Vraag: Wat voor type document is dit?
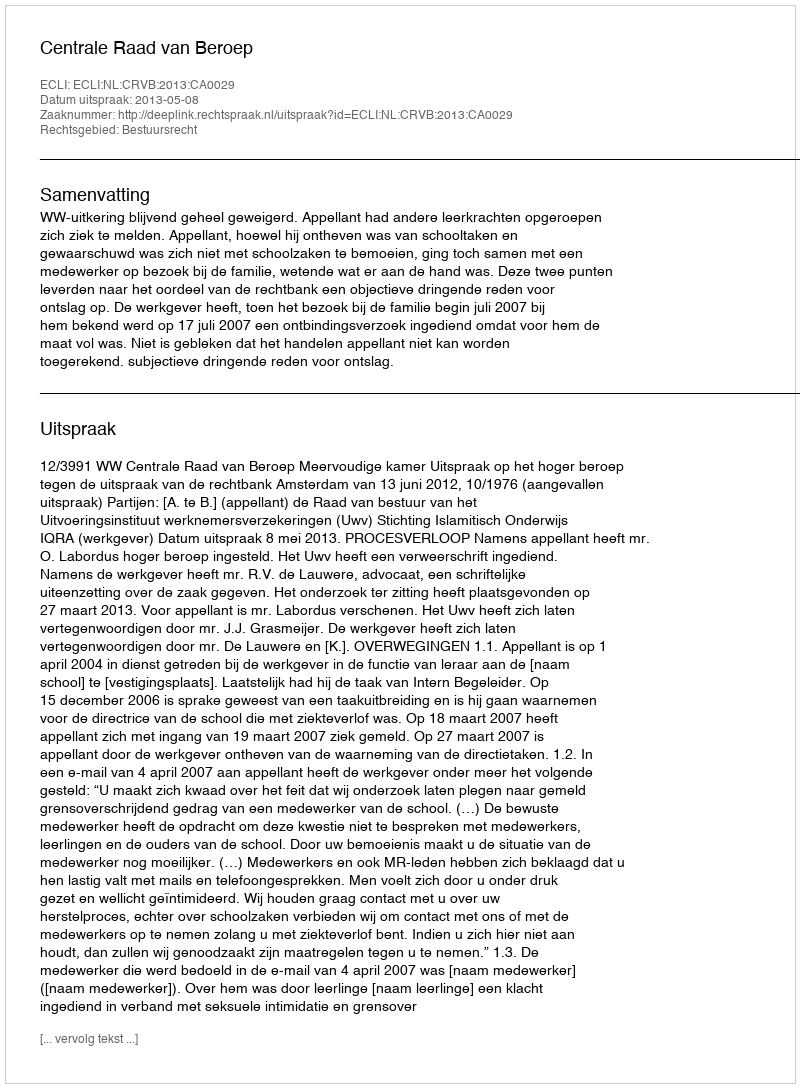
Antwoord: Uitspraak